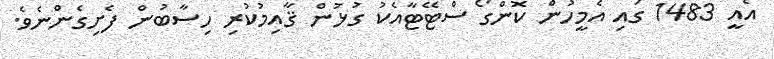
އެއީ 1483 ގައި އެމީހުން ކޮންގޯ ސްޓޭޓާއެކު ގުޅުން ޤާއިމުކުރި ހިސާބުން ފެށިގެންނެވެ.